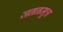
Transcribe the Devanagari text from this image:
जननमूत्र